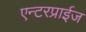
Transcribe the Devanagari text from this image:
एन्टरप्राईज